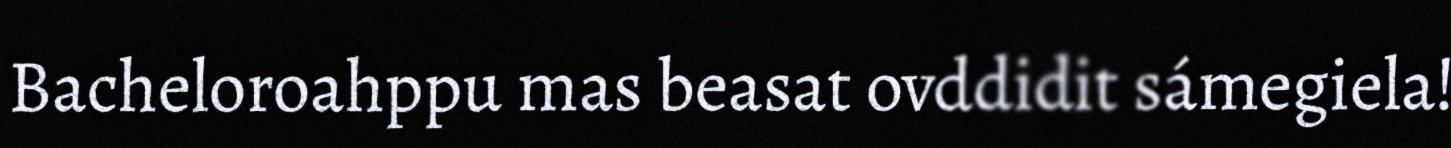
Bacheloroahppu mas beasat ovddidit sámegiela!